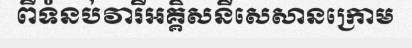
ពីទំនប់វារីអគ្គិសនីសេសានក្រោម